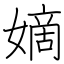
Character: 嫡